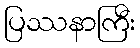
ပြဿနာကြီး